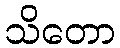
သိတော